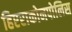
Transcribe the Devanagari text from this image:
हिएराकोनपोलिस